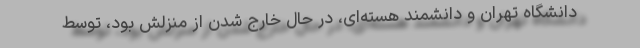
دانشگاه تهران و دانشمند هسته‌ای، در حال خارج شدن از منزلش بود، توسط